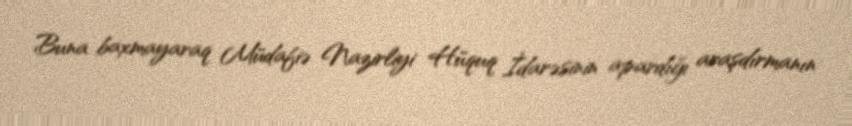
Buna baxmayaraq Müdafiə Nazirliyi Hüquq İdarəsinin apardığı araşdırmanın